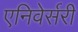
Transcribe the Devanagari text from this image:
एनिवेर्सरी